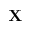
\mathbf { X }